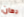
دهان